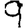
Digit: 9